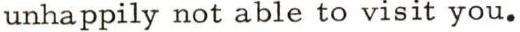
unhappily not able to visit you.